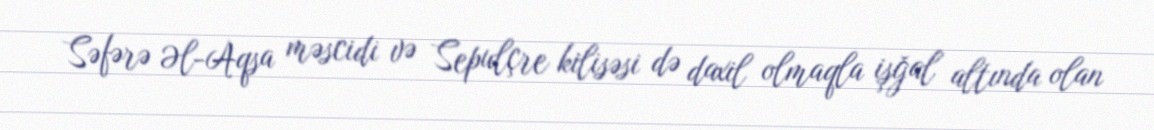
Səfərə Əl-Aqsa məscidi və Sepulçre kilisəsi də daxil olmaqla işğal altında olan